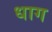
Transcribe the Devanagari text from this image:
धाग